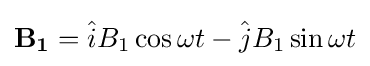
\mathbf {B_{1}} ={\hat {i}}B_{1}\cos {\omega t}-{\hat {j}}B_{1}\sin {\omega t}